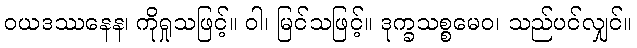
ဝယဒဿနေန၊ ကိုရှုသဖြင့်။ ဝါ၊ မြင်သဖြင့်။ ဒုက္ခသစ္စမေဝ၊ သည်ပင်လျှင်။